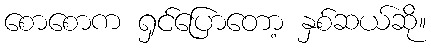
စောစောက ရှင်ပြောတော့ နှစ်ဆယ်ဆို။